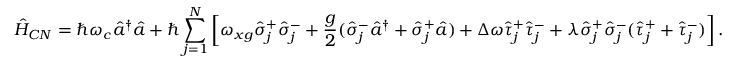
\hat { H } _ { C N } = \hbar \omega _ { c } \hat { a } ^ { \dagger } \hat { a } + \hbar \sum _ { j = 1 } ^ { N } \left[ \omega _ { x g } \hat { \sigma } _ { j } ^ { + } \hat { \sigma } _ { j } ^ { - } + \frac { g } { 2 } ( \hat { \sigma } _ { j } ^ { - } \hat { a } ^ { \dagger } + \hat { \sigma } _ { j } ^ { + } \hat { a } ) + \Delta \omega \hat { \tau } _ { j } ^ { + } \hat { \tau } _ { j } ^ { - } + \lambda \hat { \sigma } _ { j } ^ { + } \hat { \sigma } _ { j } ^ { - } ( \hat { \tau } _ { j } ^ { + } + \hat { \tau } _ { j } ^ { - } ) \right] .